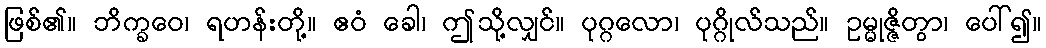
ဖြစ်၏။ ဘိက္ခဝေ၊ ရဟန်းတို့။ ဧဝံ ခေါ၊ ဤသို့လျှင်။ ပုဂ္ဂလော၊ ပုဂ္ဂိုလ်သည်။ ဥမ္မုဇ္ဇိတွာ၊ ပေါ်၍။